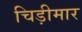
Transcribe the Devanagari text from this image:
चिड़ीमार